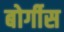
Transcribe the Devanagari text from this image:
बोर्गीस